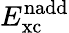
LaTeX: E_{\textrm{xc}}^{\textrm{nadd}}